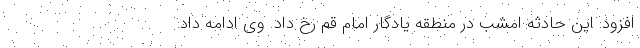
افزود: این حادثه امشب در منطقه یادگار امام قم رخ داد. وی ادامه داد: